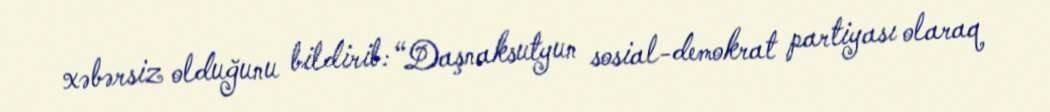
xəbərsiz olduğunu bildirib: “Daşnaksutyun sosial-demokrat partiyası olaraq